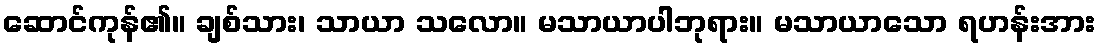
ဆောင်ကုန်၏။ ချစ်သား၊ သာယာ သလော။ မသာယာပါဘုရား။ မသာယာသော ရဟန်းအား